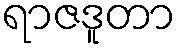
ရာဇဒူတာ